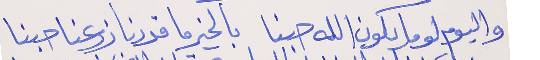
واليوم لوما يكون الله حبنا     بالخير ما قدرنا زرعنا حبنا